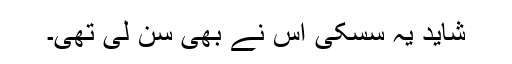
شاید یہ سسکی اس نے بھی سن لی تھی۔